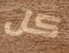
كل